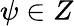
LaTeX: \psi\in Z